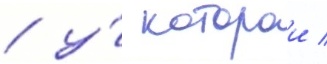
/ у́ которои /